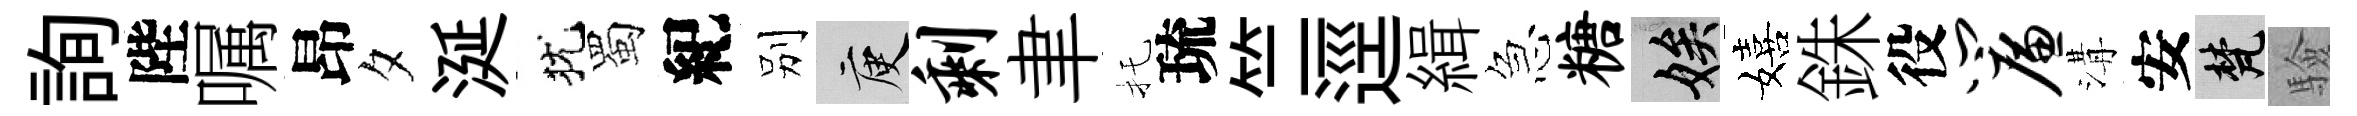
詢陛嘱昂夕涎犹蜀紀别庾剩聿托琉竺逕緝急糖娭嬉銖役帘溝安梵驗